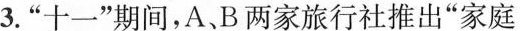
3.”十一”期间，A、B两家旅行社推出”家庭